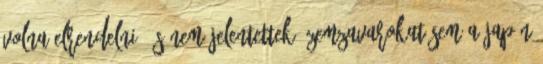
volna elrendelni, és nem jelentettek üzemzavarokat sem a japán